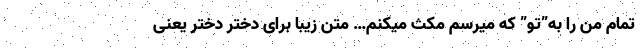
تمام من را به”تو” که میرسم مکث میکنم… متن زیبا برای دختر دختر یعنی